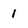
Character: 1